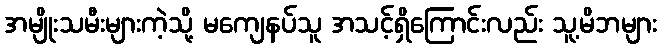
အမျိုးသမီးများကဲ့သို့ မကျေနပ်သူ အသင့်ရှိကြောင်းလည်း သူ့မိဘများ